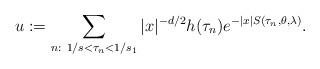
LaTeX: \begin{align*}u:=\sum_{n:~1/s<\tau_n< 1/s_1}|x|^{-d/2}h(\tau_{n})e^{-|x|S(\tau_n,\theta,\lambda)}.\end{align*}